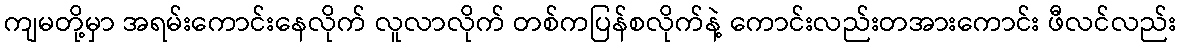
ကျမတို့မှာ အရမ်းကောင်းနေလိုက် လူလာလိုက် တစ်ကပြန်စလိုက်နဲ့ ကောင်းလည်းတအားကောင်း ဖီလင်လည်း